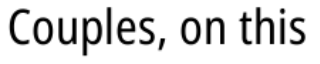
Couples, on this